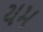
યમ